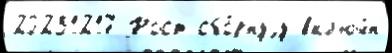
20231217 Рост сбо́рнуjу вкл'юч́н